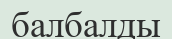
балбалды